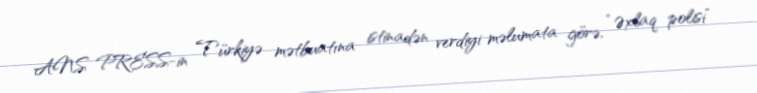
ANS PRESS-in Türkiyə mətbuatına istinadən verdiyi məlumata görə, “Əxlaq polisi”